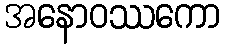
အနောဝဿကော